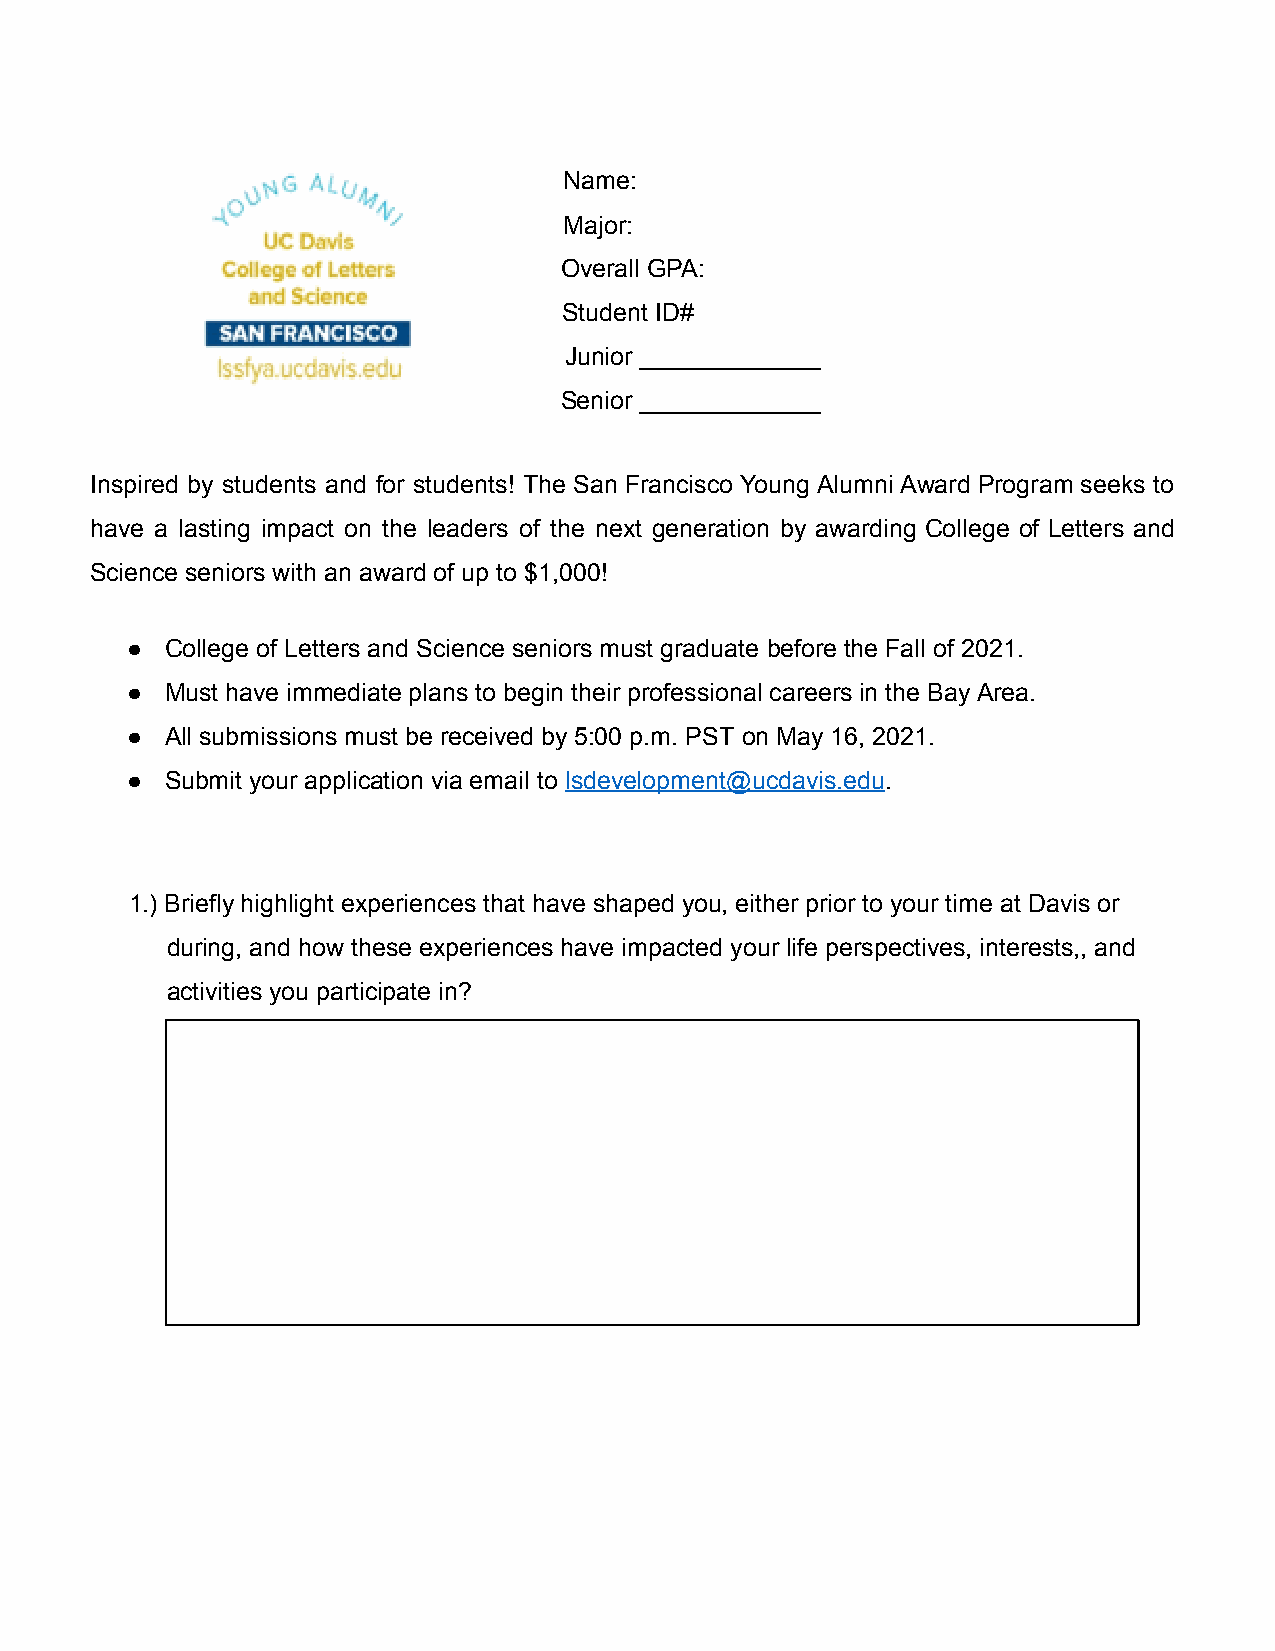
Name:
 Major:
 Overall GPA:
 Student ID#
 Junior _____________
 Senior _____________
 Inspired by students and for students! The San Francisco Young Alumni Award Program seeks to
 have a lasting impact on the leaders of the next generation by awarding College of Letters and
 Science seniors with an award of up to $1,000!
 ●  College of Letters and Science seniors must graduate before the Fall of 2021.
 ●  Must have immediate plans to begin their professional careers in the Bay Area.
 ●  All submissions must be received by 5:00 p.m. PST on May 16, 2021.
 ●  Submit your application via email to lsdevelopment@ucdavis.edu.
 1.) Briefly highlight experiences that have shaped you, either prior to your time at Davis or
 during, and how these experiences have impacted your life perspectives, interests,, and
 activities you participate in?